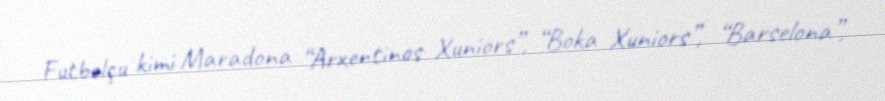
Futbolçu kimi Maradona “Arxentinos Xuniors”, “Boka Xuniors”, “Barselona”,